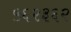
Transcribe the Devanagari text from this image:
५६२३६२